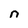
Character: n